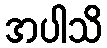
အပါသိ